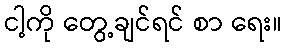
ငါ့ကို တွေ့ချင်ရင် စာ ရေး။